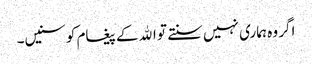
اگر وہ ہماری نہیں سنتے تو اﷲ کے پیغام کو سنیں۔